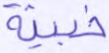
خبيثة